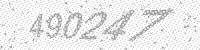
Solution: 490247